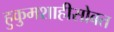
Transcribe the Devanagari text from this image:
हुकुमशाहीसोबत